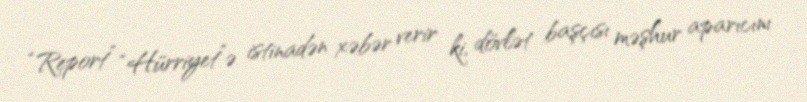
“Report” “Hürriyet”ə istinadən xəbər verir ki, dövlət başçısı məşhur aparıcını